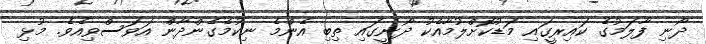
ދޯނި ފާލަމުގެ ކައިރީގައި މަޑުކޮށްލުމާއެކު ދޯނީގައި ތިބި އެންމެ ނިކުމެގެންދާން އަވަސްވިއެވެ. މުޅި